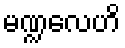
မဏ္ဍလေဟိ